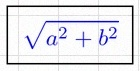
\sqrt{a^2+b^2}